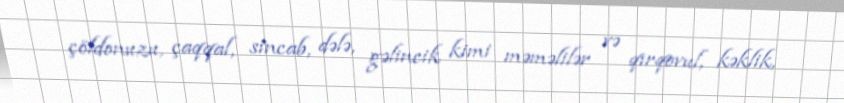
çöldonuzu, çaqqal, sincab, dələ, gəlincik kimi məməlilər və qırqovul, kəklik,